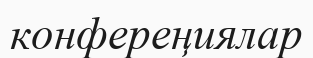
конфереңиялар